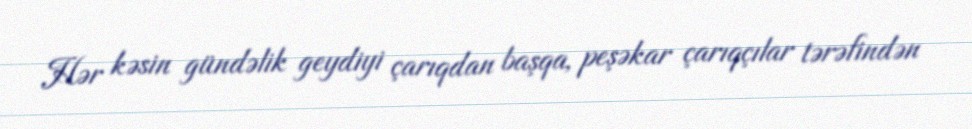
Hər kəsin gündəlik geydiyi çarıqdan başqa, peşəkar çarıqçılar tərəfindən